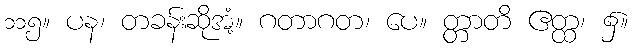
၁၁၅။ ပန၊ တခန်းဆိုအံ့။ ဂတာဂတ၊ ပေ။ တ္တာတိ ဧတ္ထ၊ ၌။